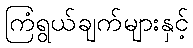
ကြံရွယ်ချက်များနှင့်